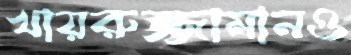
খায়রুজ্জামানও